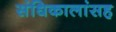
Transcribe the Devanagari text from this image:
संधिकालांसह